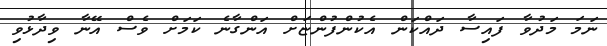
ނަމަ މަދުވާ ފައިސާ ދައްކަން އެކުންފުންޏަށް އަންގާނެ ކަމަށް ވެސް އޭނާ ވިދާޅުވި